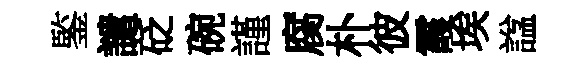
鍳譴砭碗謹腐朴彼霞埃諡